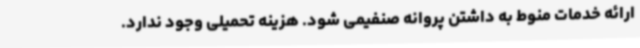
ارائه خدمات منوط به داشتن پروانه صنفیمی شود. هزینه تحمیلی وجود ندارد.